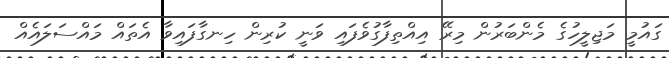
ގައުމީ މަޖިލީހުގެ މެންބަރުން މިރޭ އިއްތިފާގުވެފައި ވަނީ ކުރިން ހިނގާފައިވާ އެތައް މައްސަލައެއް